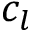
c _ { l }